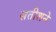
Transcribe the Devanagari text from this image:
सतीशने